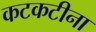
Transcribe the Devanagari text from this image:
कटकटीना